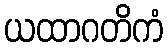
ယထာဂတိကံ